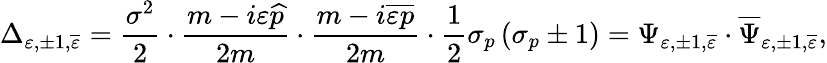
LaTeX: \Delta_{\varepsilon,\pm 1,\overline{{{\varepsilon}}}}=\frac{\sigma^{2}}2\cdot\frac{m-i\varepsilon\widehat{p}}{2m}\cdot\frac{m-i\overline{{{\varepsilon}}}\overline{{{p}}}}{2m}\cdot\frac 12\sigma_{p}\left(\sigma_{p}\pm 1\right)=\Psi_{\varepsilon,\pm 1,\overline{{{\varepsilon}}}}\cdot\overline{{{\Psi}}}_{\varepsilon,\pm 1,\overline{{{\varepsilon}}}},